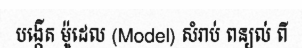
បង្កើត ម៉ូដេល (Model) សំរាប់ ពន្យល់ ពី